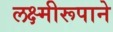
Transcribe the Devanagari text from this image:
लक्ष्मीरूपाने